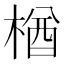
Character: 楢